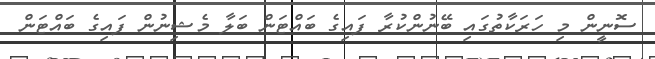
ސޮނީން މި ހަރަކާތުގައި ބޭނުންކުރާ ފައިގެ ބައްޓަން ބަލާ މެޝިނުން ފައިގެ ބައްޓަން